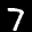
Digit: 7